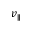
v _ { \parallel }